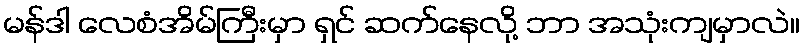
မန်ဒါ လေစံအိမ်ကြီးမှာ ရှင် ဆက်နေလို့ ဘာ အသုံးကျမှာလဲ။